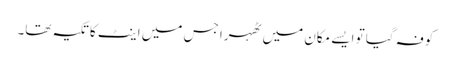
کوفہ گیا تو ایسے مکان میں ٹھہرا جس میں اینٹ کا تکیہ تھا۔